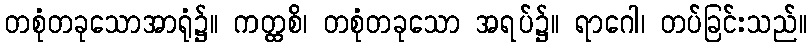
တစုံတခုသောအာရုံ၌။ ကတ္ထစိ၊ တစုံတခုသော အရပ်၌။ ရာဂေါ၊ တပ်ခြင်းသည်။